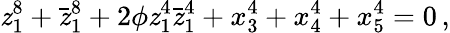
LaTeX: \mathit{z}_{1}^{8}+\bar{{\mathit{z}}}_{1}^{8}+2\phi\mathit{z}_{1}^{4}\bar{{\mathit{z}}}_{1}^{4}+x_{3}^{4}+x_{4}^{4}+x_{5}^{4}=0\, ,